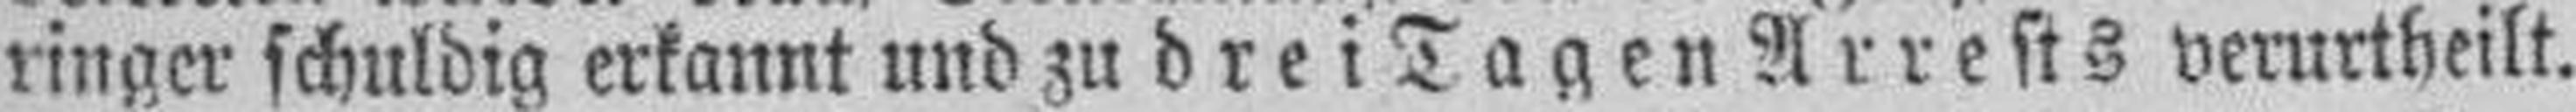
ringer schuldig erkannt und zu drei Tagen Arrests verurtheilt.